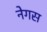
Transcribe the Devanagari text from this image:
नेगस